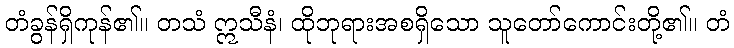
တံခွန်ရှိကုန်၏။ တသံ ဣသီနံ၊ ထိုဘုရားအစရှိသော သူတော်ကောင်းတို့၏။ တံ